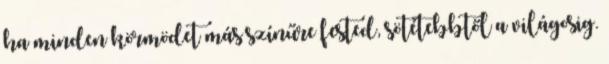
ha minden körmödet más színűre fested, sötétebbtől a világosig.